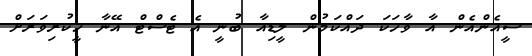
ސީއެންއެން އާ ވާހަކަ ދައްކަމުން ލީޑިއާ ބުނީ އެ ޓެސްޓް އޭނާ ހީކުރިވަރަށް